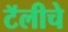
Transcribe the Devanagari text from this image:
टॅलीचे